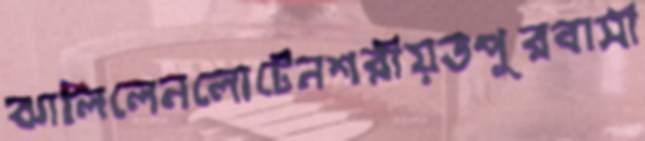
ঝালিলেনলোটেনশরীয়তপুরবাসী